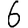
Digit: 6